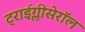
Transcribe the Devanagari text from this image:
ट्राईग्लीसेरॉल